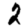
Digit: 2